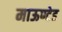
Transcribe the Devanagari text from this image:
माऊण्टेड